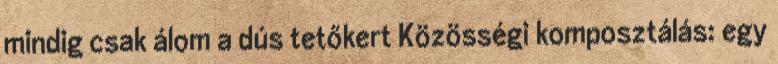
mindig csak álom a dús tetőkert Közösségi komposztálás: egy